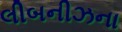
લીબનીઝના